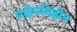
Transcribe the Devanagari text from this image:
प्रक्षेपविहीन